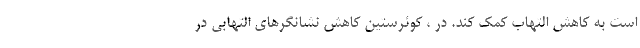
است به کاهش التهاب کمک کند. در ، کوئرستین کاهش نشانگرهای التهابی در